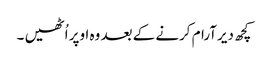
کچھ دیرآرام کرنے کے بعد وہ اوپر اُٹھیں ۔